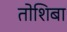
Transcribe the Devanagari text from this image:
तोशिबा